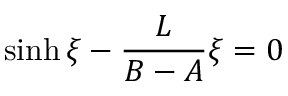
\sinh \xi - \frac { L } { B - A } \xi = 0